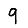
Digit: 9